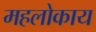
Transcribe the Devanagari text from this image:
महलोकाय